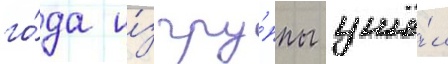
го́да и́з гру́ппы ушё́л